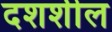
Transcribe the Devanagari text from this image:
दशशील